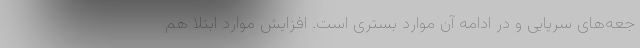
جعه‌های سرپایی و در ادامه آن موارد بستری است. افزایش موارد ابتلا هم